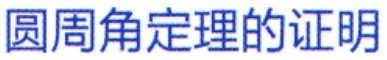
圆周角定理的证明